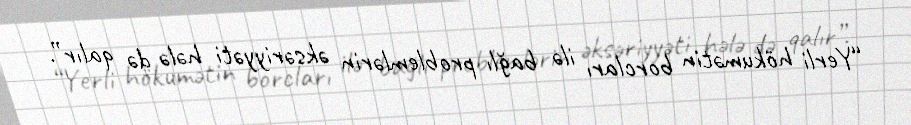
“Yerli hökumətin borcları ilə bağlı problemlərin əksəriyyəti hələ də qalır”.